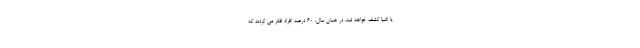
یا اشیا کشف خواهد شد. در همان سال، 60 درصد افراد فکر می کردند که